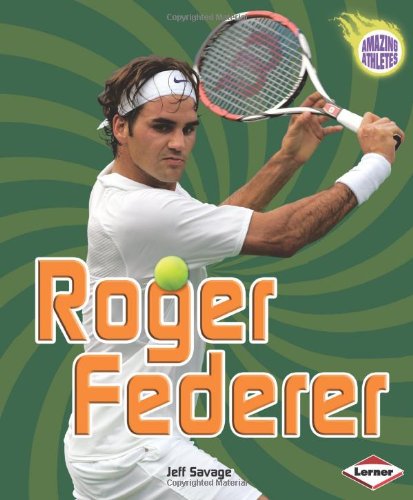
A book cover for Roger Federer (Amazing Athletes); Jeff Savage; Children's Books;